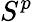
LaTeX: S^{p}